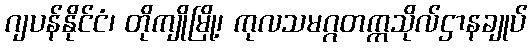
ဂျပန်နိုင်ငံ၊ တိုကျိုမြို့၊ ကုလသမဂ္ဂတက္ကသိုလ်ဌာနချုပ်